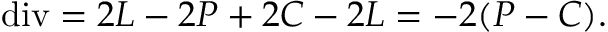
\mathrm { d i v } = 2 L - 2 P + 2 C - 2 L = - 2 ( P - C ) .